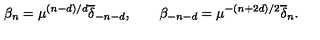
\beta _ { n } = \mu ^ { ( n - d ) / d } { \overline { \delta } } _ { - n - d } , \qquad \beta _ { - n - d } = \mu ^ { - ( n + 2 d ) / 2 } { \overline { \delta } } _ { n } .